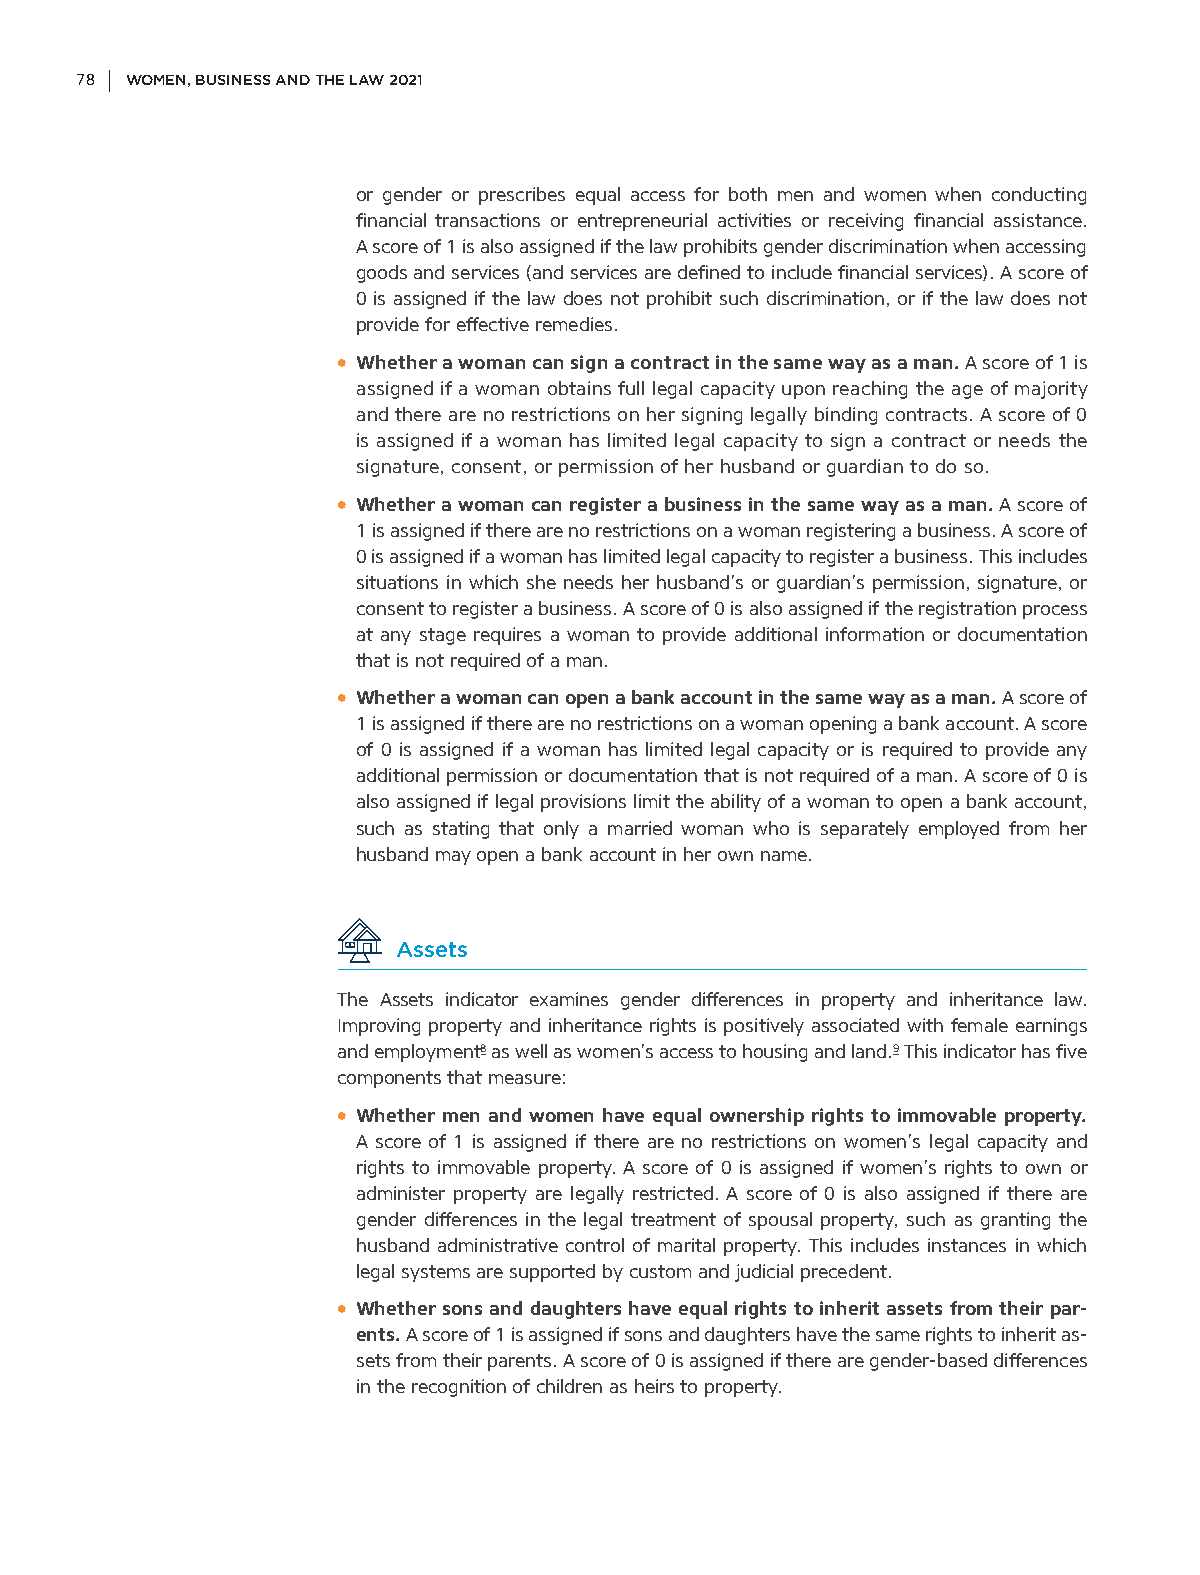
78 WOMEN, BUSINESS AND THE LAW 2021
 or gender or prescribes equal access for both men and women when conducting
 financial transactions or entrepreneurial activities or receiving financial assistance.
 A score of 1 is also assigned if the law prohibits gender discrimination when accessing
 goods and services (and services are defined to include financial services). A score of
 0 is assigned if the law does not prohibit such discrimination, or if the law does not
 provide for effective remedies.
 • Whether a woman can sign a contract in the same way as a man. A score of 1 is
 assigned if a woman obtains full legal capacity upon reaching the age of majority
 and there are no restrictions on her signing legally binding contracts. A score of 0
 is assigned if a woman has limited legal capacity to sign a contract or needs the
 signature, consent, or permission of her husband or guardian to do so.
 • Whether a woman can register a business in the same way as a man. A score of
 1 is assigned if there are no restrictions on a woman registering a business. A score of
 0 is assigned if a woman has limited legal capacity to register a business. This includes
 situations in which she needs her husband’s or guardian’s permission, signature, or
 consent to register a business. A score of 0 is also assigned if the registration process
 at any stage requires a woman to provide additional information or documentation
 that is not required of a man.
 • Whether a woman can open a bank account in the same way as a man. A score of
 1 is assigned if there are no restrictions on a woman opening a bank account. A score
 of 0 is assigned if a woman has limited legal capacity or is required to provide any
 additional permission or documentation that is not required of a man. A score of 0 is
 also assigned if legal provisions limit the ability of a woman to open a bank account,
 such as stating that only a married woman who is separately employed from her
 husband may open a bank account in her own name.
 Assets
 The Assets indicator examines gender differences in property and inheritance law.
 Improving property and inheritance rights is positively associated with female earnings
 and employment8 as well as women’s access to housing and land.9 This indicator has five
 components that measure:
 • Whether men and women have equal ownership rights to immovable property.
 A score of 1 is assigned if there are no restrictions on women’s legal capacity and
 rights to immovable property. A score of 0 is assigned if women’s rights to own or
 administer property are legally restricted. A score of 0 is also assigned if there are
 gender differences in the legal treatment of spousal property, such as granting the
 husband administrative control of marital property. This includes instances in which
 legal systems are supported by custom and judicial precedent.
 • Whether sons and daughters have equal rights to inherit assets from their par-
 ents. A score of 1 is assigned if sons and daughters have the same rights to inherit as-
 sets from their parents. A score of 0 is assigned if there are gender-based differences
 in the recognition of children as heirs to property.